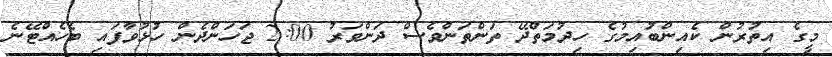
މީގެ އިތުރުން ކެއިންބުއިމުގެ ހިދުމަތްދޭ ތަންތަންވެސް ދަންވަރު 2:00 ޖަހަންދެން ހުޅުވާފައި ބެހެއްޓޭނެ